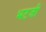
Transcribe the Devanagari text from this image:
भटजी